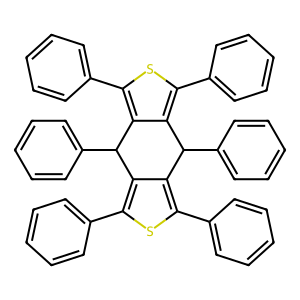
SMILES: c1ccc(-c2sc(-c3ccccc3)c3c2C(c2ccccc2)c2c(-c4ccccc4)sc(-c4ccccc4)c2C3c2ccccc2)cc1
Inhibits HIV replication: No